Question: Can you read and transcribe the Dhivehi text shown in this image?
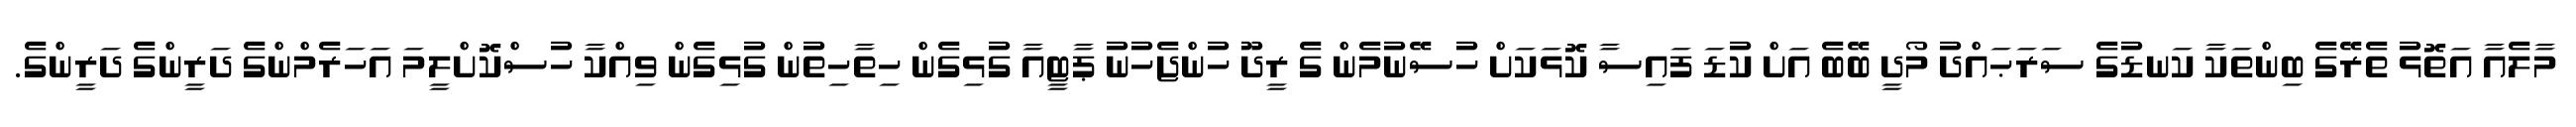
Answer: މާލެއާ އަތޮޅު ތެރޭގެ ބިންތަކާ ކަނޑުގެ ސަރަޙައްދު މޯދީ ބޭބެ އަށް ކުޑަ ފައިސާ ކޮޅަކަށް ހުސޭނުމެން ގެ ރީދޫ ހުންޖެހުނު ޕާޓީއާ ގުޅިގެން ހިތާހިތުން ގުޅިގެން ވިއްކާ ހުސްކޮށްލީމަ އަހަރެމްންގެ ދަރީންގެ ދަރީންގެ.